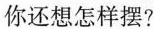
你还想怎样摆